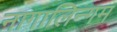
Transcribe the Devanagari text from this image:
नागालिन्गम